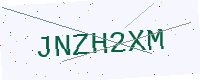
Text: JNZH2XM